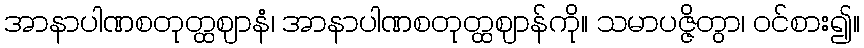
အာနာပါဏစတုတ္ထဈာနံ၊ အာနာပါဏစတုတ္ထဈာန်ကို။ သမာပဇ္ဇိတွာ၊ ဝင်စား၍။